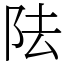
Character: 阹